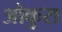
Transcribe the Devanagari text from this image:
ओकुरा